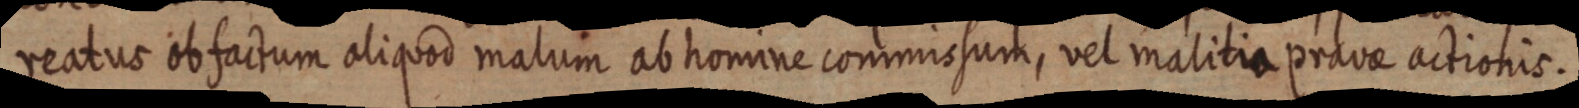
reatus ob factum aliquod malum ab homine commissum, vel malitia pravae actionis.